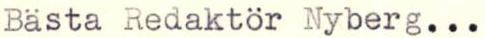
Bästa Redaktör Nyberg...